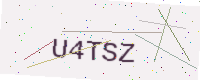
Text: U4TSZ